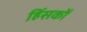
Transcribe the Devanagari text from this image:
हिंसकों